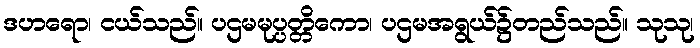
ဒဟရော၊ ငယ်သည်။ ပဌမမုပ္ပတ္တိကော၊ ပဌမအရွယ်၌တည်သည်။ သုသု၊